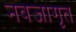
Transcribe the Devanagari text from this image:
नवजागृत